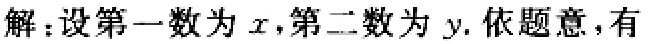
解：设第一数为\(x\)，第二数为\(y\). 依题意，有